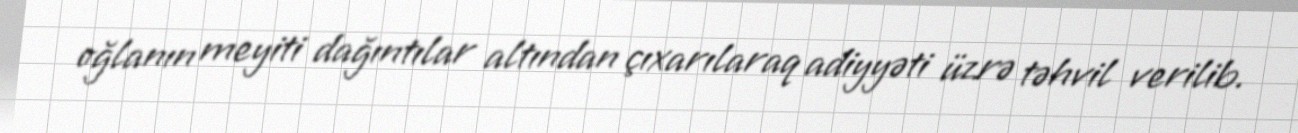
oğlanın meyiti dağıntılar altından çıxarılaraq adiyyəti üzrə təhvil verilib.